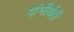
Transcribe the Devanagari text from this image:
गांभीर्यही